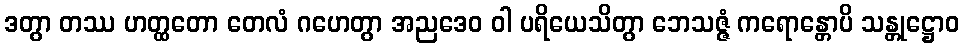
ဒတွာ တဿ ဟတ္ထတော တေလံ ဂဟေတွာ အညဒေဝ ဝါ ပရိယေသိတွာ ဘေသဇ္ဇံ ကရောန္တောပိ သန္တုဋ္ဌောဝ